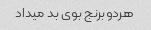
هردو‌برنج بوی بد میداد